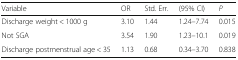
| Variable | OR | Std. Err. | (95% CI) | P |
 | --- | --- | --- | --- | --- |
 | Discharge weight < 1000 g | 3.10 | 1.44 | 1.24–7.74 | 0.015 |
 | Not SGA | 3.54 | 1.90 | 1.23–10.1 | 0.019 |
 | Discharge postmenstrual age < 35 | 1.13 | 0.68 | 0.34–3.70 | 0.838 |